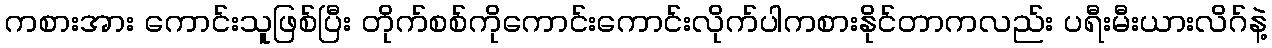
ကစားအား ကောင်းသူဖြစ်ပြီး တိုက်စစ်ကိုကောင်းကောင်းလိုက်ပါကစားနိုင်တာကလည်း ပရီးမီးယားလိဂ်နဲ့